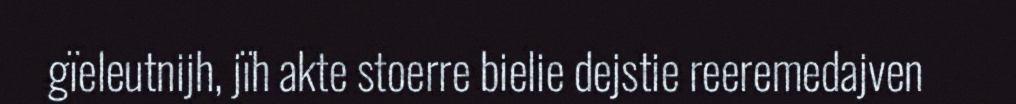
gïeleutnijh, jïh akte stoerre bielie dejstie reeremedajven